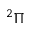
^ { 2 } \Pi